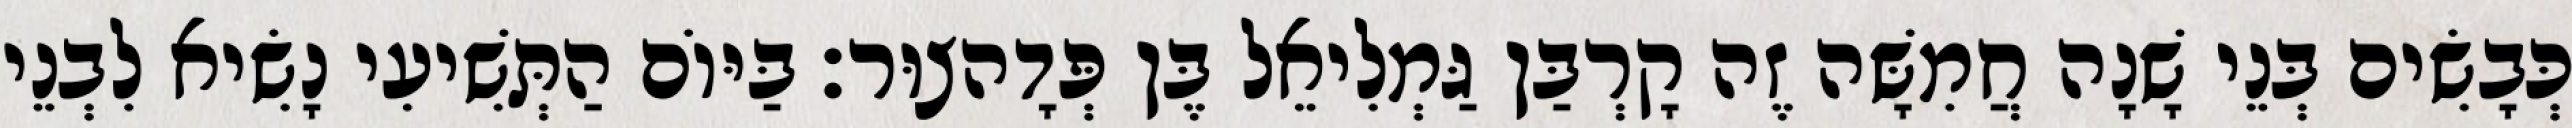
כְּבָשִׂים בְּנֵי שָׁנָה חֲמִשָּׁה זֶה קָרְבַּן גַּמְלִיאֵל בֶּן פְּדָהצוּר׃ בַּיּוֹם הַתְּשִׁיעִי נָשִׂיא לִבְנֵי